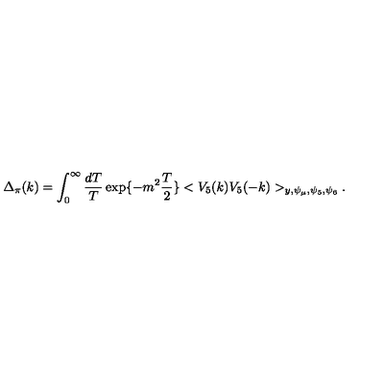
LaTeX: \Delta _ { \pi } ( k ) = \int _ { 0 } ^ { \infty } \frac { d T } { T } \exp \{ - m ^ { 2 } \frac { T } { 2 } \} < V _ { 5 } ( k ) V _ { 5 } ( - k ) > _ { y , \psi _ { \mu } , \psi _ { 5 } , \psi _ { 6 } } .